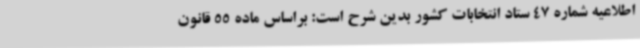
اطلاعیه شماره 47 ستاد انتخابات کشور بدین شرح است: براساس ماده 55 قانون